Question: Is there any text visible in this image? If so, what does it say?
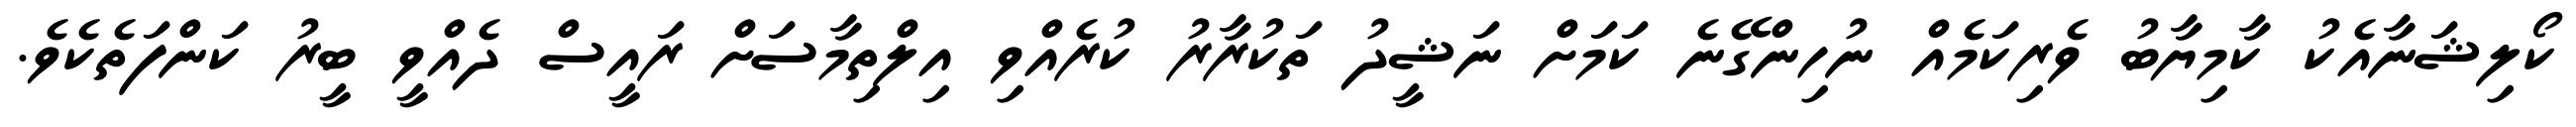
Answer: ކޯލިޝަނާއެކު ކާމިޔާބު ވެރިކަމެއް ނުހިންގޭނެ ކަމަށް ނަޝީދު ތަކުރާރު ކުރެއްވި އިލްތިމާސަށް ރައީސް ދެއްވީ ބީރު ކަންފަތެކެވެ.